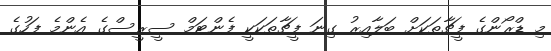
މި ޑްރޯންގެ ފީޗާތަކަށް ބަލާއިރު ގިނަ ފީޗާތަކަކީ ފެންޓަމް ސީރީސްގެ އެންމެ ފަހުގެ